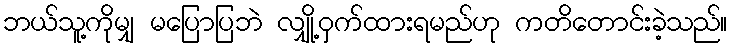
ဘယ်သူ့ကိုမျှ မပြောပြဘဲ လျှို့ဝှက်ထားရမည်ဟု ကတိတောင်းခဲ့သည်။